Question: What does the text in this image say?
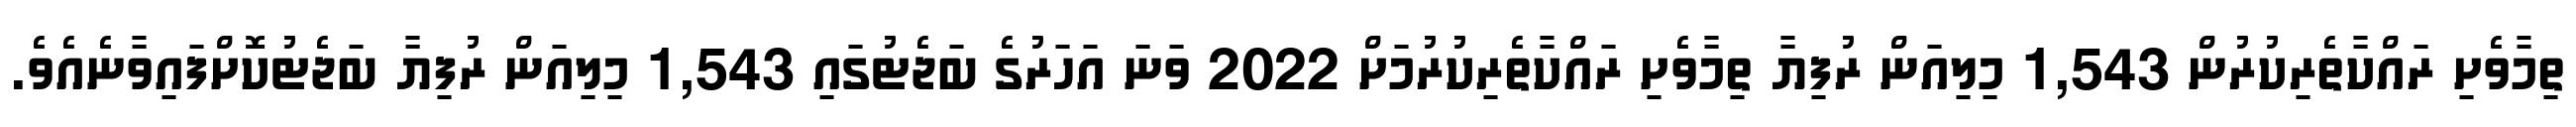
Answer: ތިމާވެށި ރައްކާތެރިކުރުން 1,543 މިލިއަން ރުފިޔާ ތިމާވެށި ރައްކާތެރިކުރުމަށް 2022 ވަނަ އަހަރުގެ ބަޖެޓުގައި 1,543 މިލިއަން ރުފިޔާ ބަޖެޓުކޮށްފައިވާނެއެވެ.